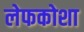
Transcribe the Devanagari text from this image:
लेफकोशा